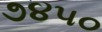
૭૪૫૦